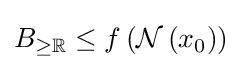
B_{\geq \mathbb {R} }\leq f\left({\mathcal {N}}\left(x_{0}\right)\right)